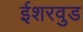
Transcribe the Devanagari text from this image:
ईशरवुड